Report on vaccination in Madras 1904-1921 - 1904-1921
Year: 1904
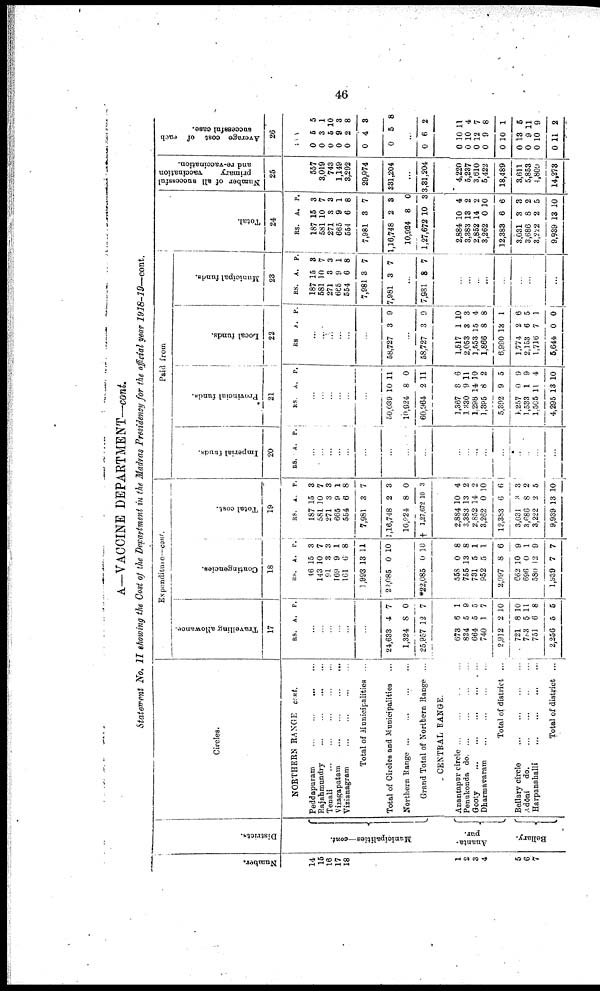
46
A—VACCINE DEPARTMENT—cont.
Statement No. II showing the Cost of the Department in the Madras Presidency for the official year 1918-19—cont.
Number.
14
15
16
17
18
1
2
3
4
5
6
7
Districts.
Municipalities—cont.
Ananta¬
pur.
Bellary.
Circles.
NORTHERN RANGE cont.
Peddapuram
...
...
...
...
Rajahmundry
...
...
...
...
Tenali
...
...
...
...
...
Vizagapatam
...
...
...
...
Vizianagram
...
...
...
...
Total of Municipalities ...
Total of Circles and Municipalities ...
Northern Range
...
...
...
...
Grand Total of Northern Range ...
CENTRAL RANGE.
Anantapur circle
...
...
...
Penukonda do. ... ... ... ...
Gooty
...
...
...
...
...
Dharmavaram
...
...
...
...
Total of district ...
Bellary circle
...
...
...
...
Adōni do. ... ... ... ...
Harpanahalli
...
...
...
...
Total of district ...
Expenditure—cont.
Travelling allowance.
17
RS. A. P.
...
...
...
...
...
...
24,633
1,324
25,957
4
8
12
7
0
7
673
834
664
740
2,912
721
783
751
2,256
6
5
5
1
2
8
5 6
5
1
9
5
7
10
10
11
8
5
Contingencies.
18
RS.
46
143
91
169
161
1,993
22,085
A.
15
10
3
9
6
13
0
P.
3
7
3
1
8
11
10
...
*22,085 0 10
558
755
731
952
2,997
662
696
580
1,939
0
13
5
5
8
10
0
12
7
8
8
1
1
6
9
1
9
7
Total cost.
19
RS.
187
581
271
665
554
7,981
1,16,748
10,924
† 1,27,672
A.
15
10
3
9
6
3
2
8
10
P.
3
7
3
1
8
7
3
0
3
2,884
3,383
2,852
3,262
12,383
3,031
3,686
3,222
9,939
10
13
14
0
6
3
8
2
13
4
2
2
10
6
3
2
5
10
Paid from
Imperial funds.
20
RS. A. P.
...
...
...
...
...
...
...
...
...
...
...
...
...
...
...
...
...
...
Provincial funds.
21
RS.
A. P.
...
...
...
...
...
...
50,039
10,924
60,964
10
8
2
11
0
11
1,367
1,330
1,298
1,895
5,392
1,257
1,533
1,505
4,295
8
9
14
8
9
0
1
11
13
6
11
10
2
5
9
9
4
10
Local funds.
22
RS
A. P.
...
...
...
...
...
...
58,727 3 9
...
58,727 3 9
1,517
2,053
1,553
1,866
6,990
1,774
2,153
1,716
5,644
1
3
15
8
13
2
6
7
0
10
3
4
8
1
6
5
1
0
Municipal funds.
23
RS.
187
581
271
665
554
7,981
7,981
A.
15
10
3
9
6
3
3
P.
3
7
3
1
8
7
7
...
7,981 8 7
...
...
...
...
...
...
...
...
...
Total.
24
RS.
187
581
271
665
554
7,981
1,16,748
10,924
1,27,672
A.
15
10
3
9
6
3
2
8
10
P.
3
7
3
1
8
7
3
0
3
2,884
3,383
2,852
3,262
12,383
3,031
3,686
3,222
9,939
10
13
14
0
6
3
8
2
13
4
2
2
10
6
3
2
5
10
Number of all successful
primary
vaccination
and re-vaccination.
25
557
3,019
743
1,149
3,292
29,974
331,204
...
3,81,204
4,220
5,237
3,610
5,422
18,489
3,611
5,853
4,809
14,273
Average cost of each
successful case.
26
0
0
0
0
0
0
0
5
3
5
9
2
4
5
5
1
10
3
8
3
8
...
0 6 2
0
0
0
0
0
0
0
0
0
10
10
12
9
10
13
9
10
11
11
4
7
8
1
6
11
9
2